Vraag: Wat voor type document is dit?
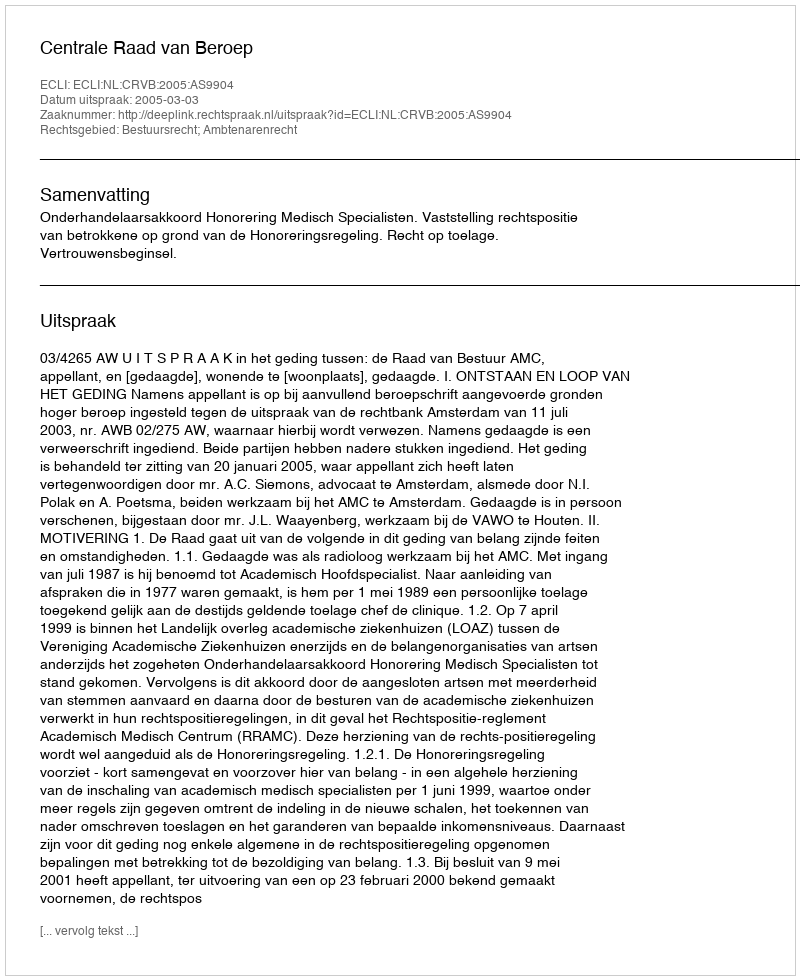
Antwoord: Uitspraak